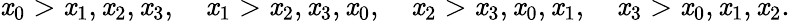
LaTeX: \mathit{x}_{0}>\mathit{x}_{1},\mathit{x}_{2},\mathit{x}_{3},\quad\mathit{x}_{1}>\mathit{x}_{2},\mathit{x}_{3},\mathit{x}_{0},\quad\mathit{x}_{2}>\mathit{x}_{3},\mathit{x}_{0},\mathit{x}_{1},\quad\mathit{x}_{3}>\mathit{x}_{0},\mathit{x}_{1},\mathit{x}_{2}.